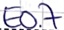
Text: E0.7